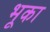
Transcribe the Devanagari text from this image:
भूका